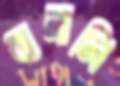
বানালি